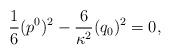
LaTeX: \begin{align*}\frac{1}{6}(p^0)^2-\frac{6}{\kappa^2}(q_0)^2=0,\end{align*}